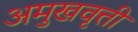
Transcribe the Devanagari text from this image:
अमुखवृत्ती